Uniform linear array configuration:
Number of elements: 32
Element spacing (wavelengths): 0.75
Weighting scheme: uniform
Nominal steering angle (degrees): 15
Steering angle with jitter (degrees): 14.329
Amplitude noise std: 0.05
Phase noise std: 0.05

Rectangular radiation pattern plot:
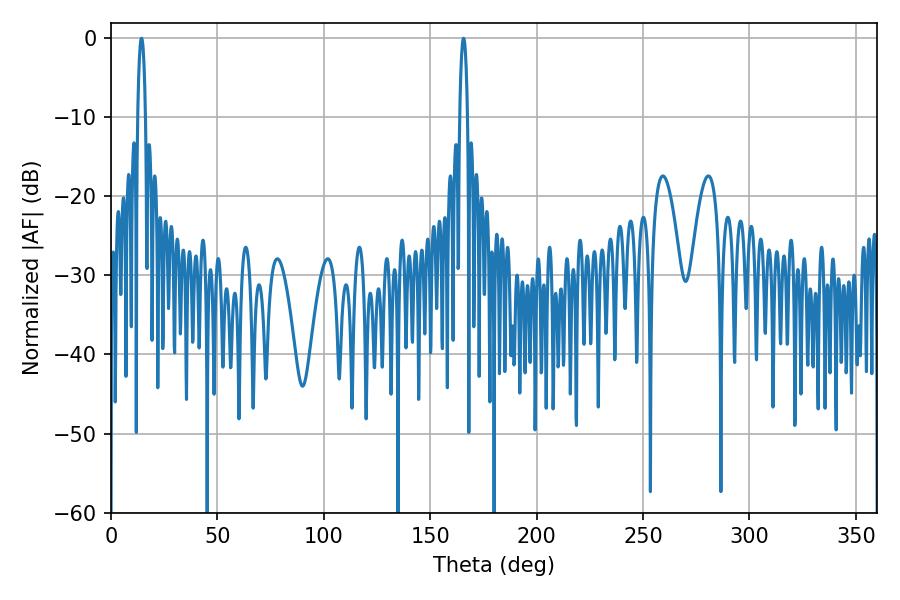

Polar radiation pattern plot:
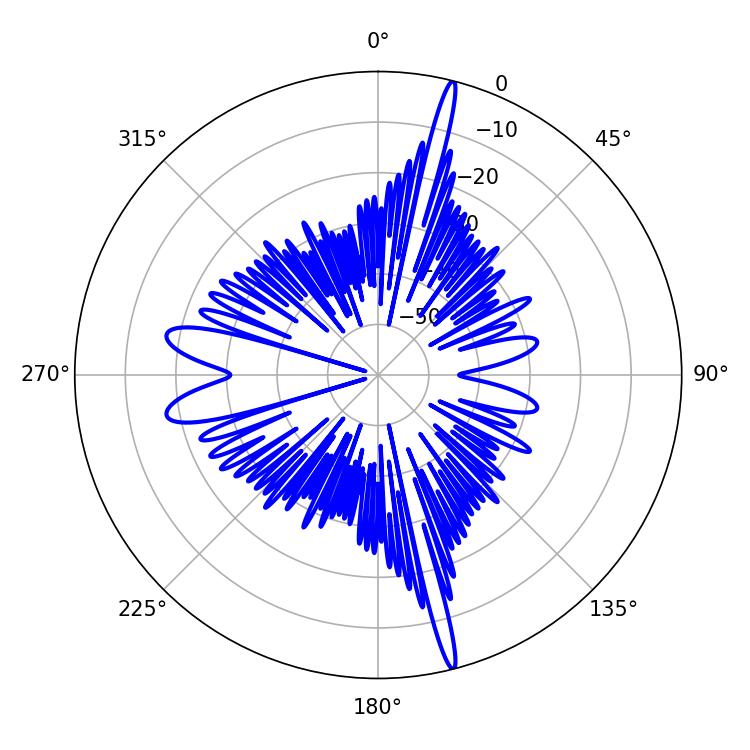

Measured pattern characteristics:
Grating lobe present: TRUE
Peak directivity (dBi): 21.073
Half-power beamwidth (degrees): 1.98
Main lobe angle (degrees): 14.4